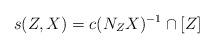
LaTeX: \begin{align*}s(Z, X) = c(N_{Z}X)^{-1}\cap [Z]\end{align*}